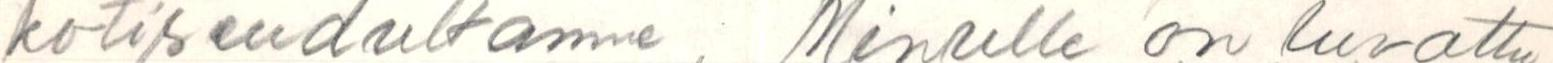
kotisedultamne, Minulle on luvattu